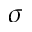
\sigma